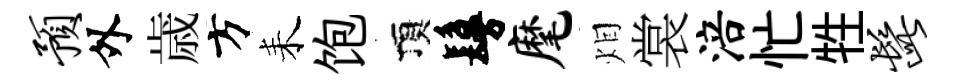
预外歳方耒饱頂鬘麾𤇆裳涪忙牲髭